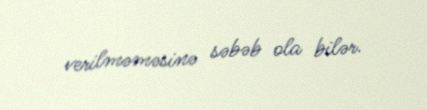
verilməməsinə səbəb ola bilər.